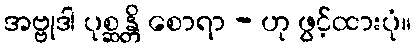
အဗ္ဗုဒါ ပုစ္ဆန္တိ စောရာ - ဟု ဖွင့်ထားပုံ။